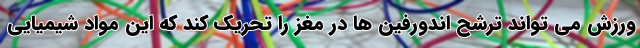
ورزش می تواند ترشح اندورفین ها در مغز را تحریک کند که این مواد شیمیایی